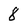
Character: 8